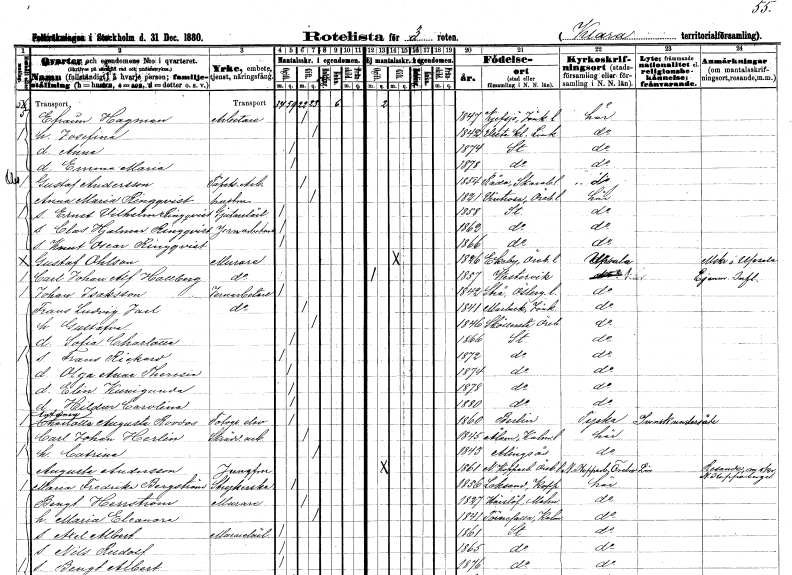
gt_parse: households: individuals: FN: Efraim
EN: Hagman
YRKE: Arbetare
KON: M
CIV: G
FODAR: 1847
FODFORS: Kävsjö Jönköpings län
FN: Josefina
KON: K
CIV: G
FODAR: 1842
FODFORS: Vreta kloster Östergötlands län
FN: Anna
KON: K
CIV: O
FODAR: 1874
FODFORS: Stockholm
FN: Emma Maria
KON: K
CIV: O
FODAR: 1878
FODFORS: Stockholm
FN: Gustaf
EN: Andersson
YRKE: Tapetseriarbetare
KON: M
CIV: G
FODAR: 1854
FODFORS: Råda Skaraborgs län
FN: Anna Maria
EN: Ringqvist
YRKE: Hustru
KON: K
CIV: G
FODAR: 1821
FODFORS: Vintrosa Örebro län
FN: Ernst Vilhelm
EN: Ringqvist
YRKE: Gjutarelärling
KON: M
CIV: O
FODAR: 1858
FODFORS: Stockholm
FN: Clas Hjalmar
EN: Ringqvist
YRKE: Järnarbetare
KON: M
CIV: O
FODAR: 1862
FODFORS: Stockholm
FN: Knut Oscar
EN: Ringqvist
KON: M
CIV: O
FODAR: 1866
FODFORS: Stockholm
FN: Gustaf
EN: Ohlson
YRKE: Murare
KON: M
CIV: G
FODAR: 1826
FODFORS: Ekeby Örebro län
FN: Carl Johan Alfred
EN: Hallberg
YRKE: Murare
KON: M
CIV: O
FODAR: 1857
FODFORS: Västervik Kalmar län
FN: Johan
EN: Isaksson
YRKE: Järnarbetare
KON: M
CIV: O
FODAR: 1842
FODFORS: Strå Östergötlands län
FN: Frans Ludvig
EN: Jarl
YRKE: Järnarbetare
KON: M
CIV: G
FODAR: 1841
FODFORS: Marbäck Jönköpings län
FN: Gustafva
KON: K
CIV: G
FODAR: 1846
FODFORS: Sköllersta Örebro län
FN: Sofia Charlotta
KON: K
CIV: O
FODAR: 1866
FODFORS: Stockholm
FN: Frans Rickard
KON: M
CIV: O
FODAR: 1872
FODFORS: Stockholm
FN: Olga Anna Theresia
KON: K
CIV: O
FODAR: 1874
FODFORS: Stockholm
FN: Elin Kunigunda
KON: K
CIV: O
FODAR: 1878
FODFORS: Stockholm
FN: Hildur Carolina
KON: K
CIV: O
FODAR: 1880
FODFORS: Stockholm
FN: Antonia Charlotta Augusta
EN: Roodos
YRKE: Fotografielev
KON: K
CIV: O
FODAR: 1860
FN: Carl Johan
EN: Herlin
YRKE: Skrädderiarbetare
KON: M
CIV: G
FODAR: 1845
FODFORS: Ålem Kalmar län
FN: Catrina
KON: K
CIV: G
FODAR: 1843
FODFORS: Alingsås Älvsborgs län
FN: Augusta
EN: Andersson
YRKE: Jungfru
KON: K
CIV: O
FODAR: 1861
FODFORS: Nya Kopparberg Örebro län
FN: Maria Fredrika
EN: Bergström
YRKE: Strykerska
KON: K
CIV: O
FODAR: 1856
FODFORS: Leksand Kopparbergs län
FN: Bengt
EN: Herrström
YRKE: Murare
KON: M
CIV: G
FODAR: 1827
FODFORS: Härslöv Malmöhus län
FN: Maria Eleonora
KON: K
CIV: G
FODAR: 1841
FODFORS: Törnesfalla Kalmar län
FN: Axel Albert
YRKE: Murarelärling
KON: M
CIV: O
FODAR: 1861
FODFORS: Stockholm
FN: Nils Rudolf
KON: M
CIV: O
FODAR: 1865
FODFORS: Stockholm
FN: Bengt Albert
KON: M
CIV: O
FODAR: 1876
FODFORS: Stockholm